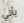
يأتي